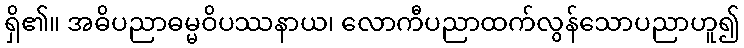
ရှိ၏။ အဓိပညာဓမ္မဝိပဿနာယ၊ လောကီပညာထက်လွန်သောပညာဟူ၍